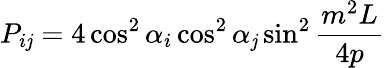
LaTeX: P_{i\mathit{j}}=4\cos^{2}\alpha_{i}\cos^{2}\alpha_{\mathit{j}}\sin^{2}\frac{{m^{2}L}}{{4p}}